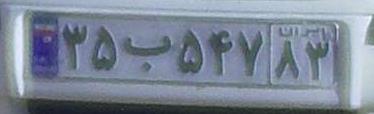
۳۵ب۵۴۷۸۳